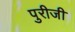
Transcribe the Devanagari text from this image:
पुरीजी